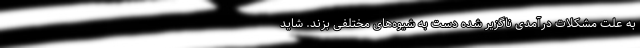
به علت مشکلات درآمدی ناگزیر شده دست به شیوه‌های مختلفی بزند. شاید